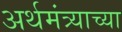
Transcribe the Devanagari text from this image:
अर्थमंत्र्याच्या